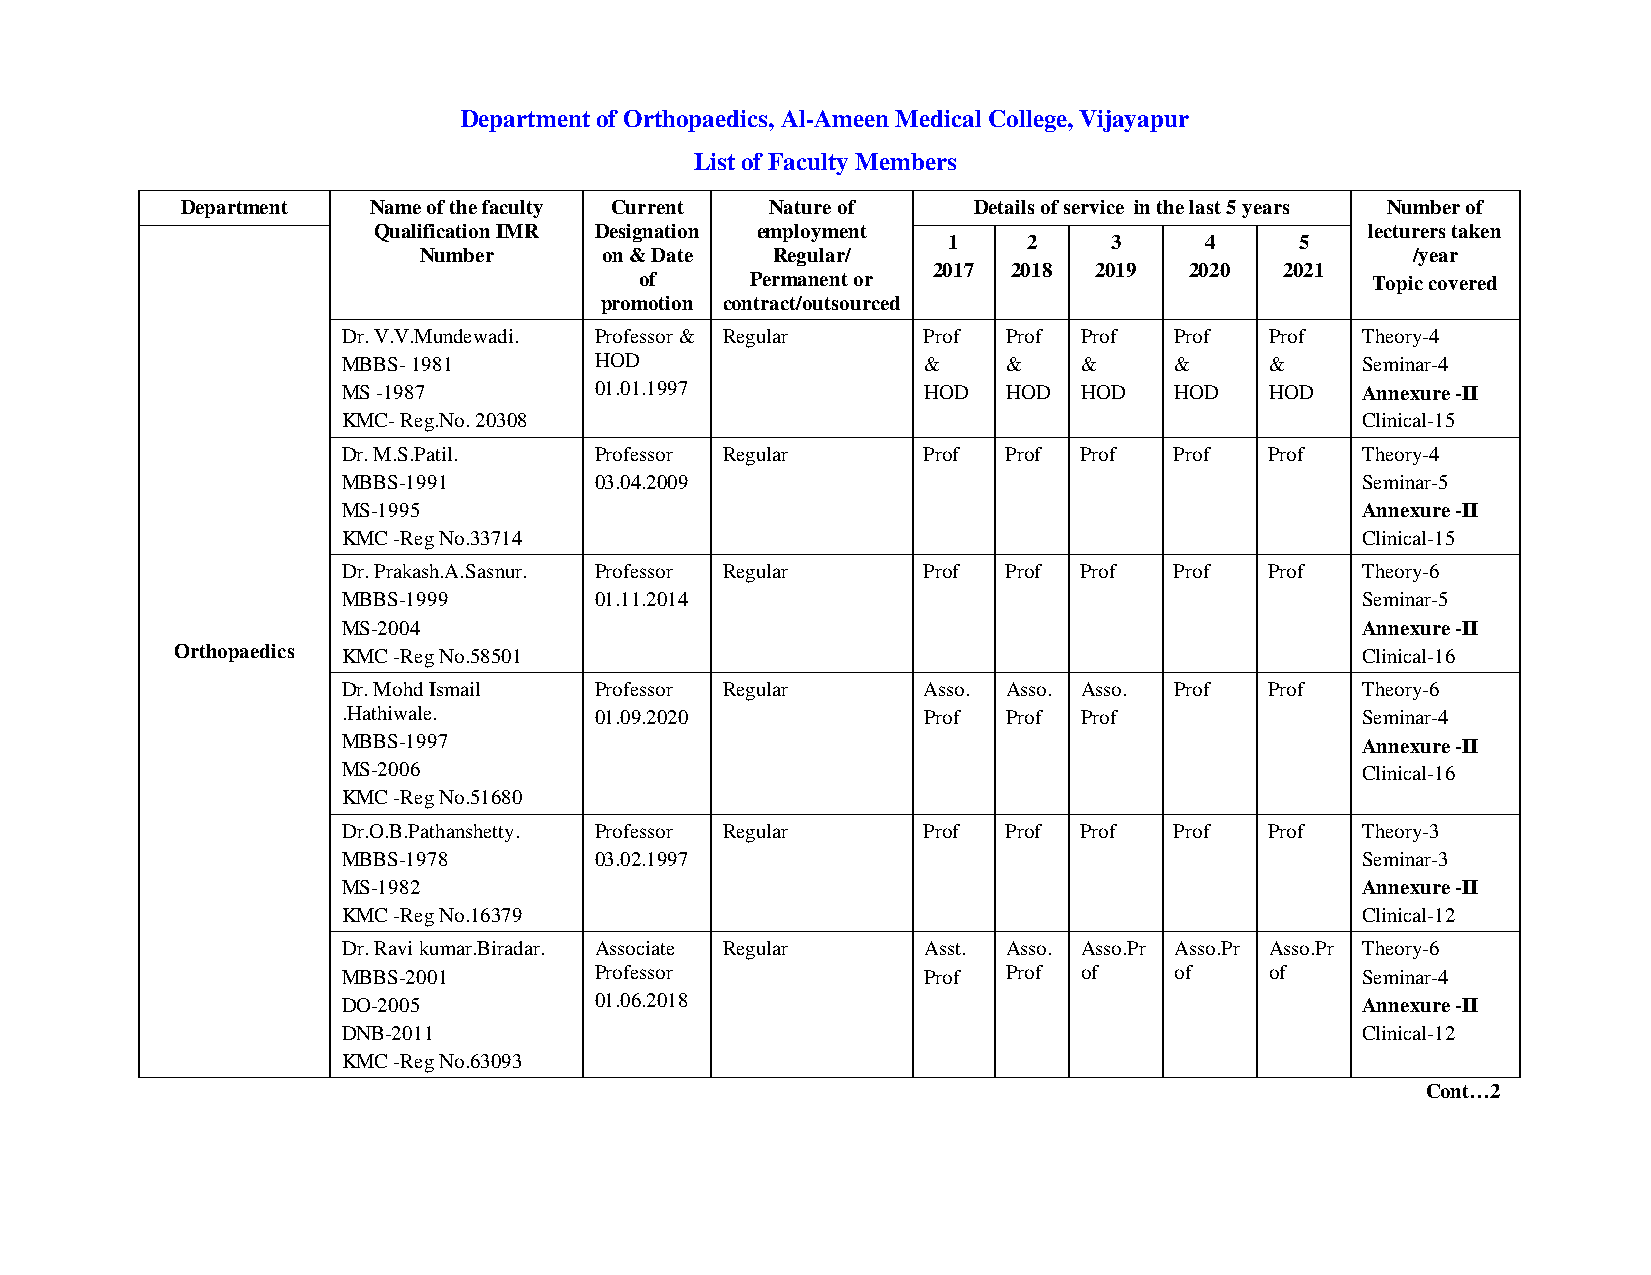
Department of Orthopaedics, Al-Ameen Medical College, Vijayapur
 List of Faculty Members
 Department  Name of the faculty Current Nature of   Details of service in the last 5 years Number of
 Qualification IMR Designation employment                          lecturers taken
 1    2     3     4     5
 Number      on & Date  Regular/                                  /year
 2017 2018 2019   2020  2021
 of      Permanent or                             Topic covered
 promotion contract/outsourced
 Dr. V.V.Mundewadi. Professor & Regular Prof Prof Prof  Prof  Prof  Theory-4
 MBBS- 1981      HOD                   &     &    &     &     &     Seminar-4
 MS -1987        01.01.1997            HOD   HOD  HOD   HOD   HOD   Annexure -II
 KMC- Reg.No. 20308                                                 Clinical-15
 Dr. M.S.Patil.  Professor Regular     Prof  Prof Prof  Prof  Prof  Theory-4
 MBBS-1991       03.04.2009                                         Seminar-5
 MS-1995                                                            Annexure -II
 KMC -Reg No.33714                                                  Clinical-15
 Dr. Prakash.A.Sasnur. Professor Regular Prof Prof Prof Prof  Prof  Theory-6
 MBBS-1999       01.11.2014                                         Seminar-5
 MS-2004                                                            Annexure -II
 Orthopaedics KMC -Reg No.58501                                                Clinical-16
 Dr. Mohd Ismail Professor Regular     Asso. Asso. Asso. Prof Prof  Theory-6
 .Hathiwale.     01.09.2020            Prof  Prof Prof              Seminar-4
 MBBS-1997                                                          Annexure -II
 MS-2006                                                            Clinical-16
 KMC -Reg No.51680
 Dr.O.B.Pathanshetty. Professor Regular Prof Prof Prof  Prof  Prof  Theory-3
 MBBS-1978       03.02.1997                                         Seminar-3
 MS-1982                                                            Annexure -II
 KMC -Reg No.16379                                                  Clinical-12
 Dr. Ravi kumar.Biradar. Associate Regular Asst. Asso. Asso.Pr Asso.Pr Asso.Pr Theory-6
 MBBS-2001       Professor             Prof  Prof of    of    of    Seminar-4
 DO-2005         01.06.2018                                         Annexure -II
 DNB-2011                                                           Clinical-12
 KMC -Reg No.63093
 Cont…2